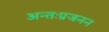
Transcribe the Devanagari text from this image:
अन्तःप्रजनन